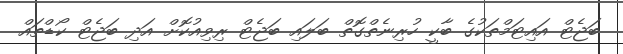
ބަޖެޓް އައިޓަމްތަކުގެ ބާކީ ހުރިނެތްގޮތް ބަލައި ބަޖެޓް ރިވިއުކޮށް އަދި ބަޖެޓް ކޯޑްތައް